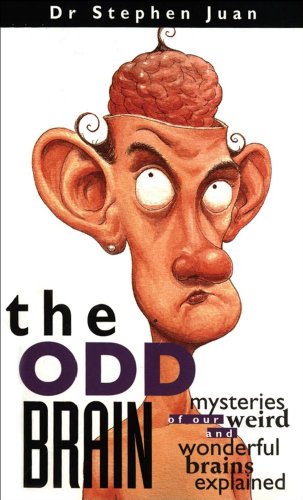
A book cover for The Odd Brain: Mysteries of Our Weird and Wonderful Brains Explained; Stephen Juan; Humor & Entertainment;